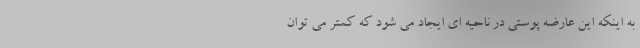
به اینکه این عارضه پوستی در ناحیه ای ایجاد می شود که کمتر می توان